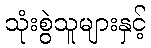
သုံးစွဲသူများနှင့်